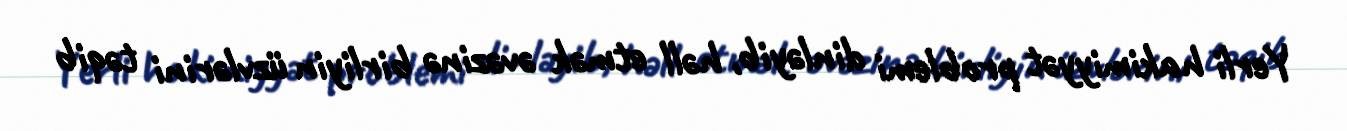
Yerli hakimiyyət problemi dinləyib, həll etmək əvəzinə birliyin üzvlərini təqib